Annual report of the Punjab Veterinary College and of the Civil Veterinary Department, Punjab - 1926-1932
Year: 1926
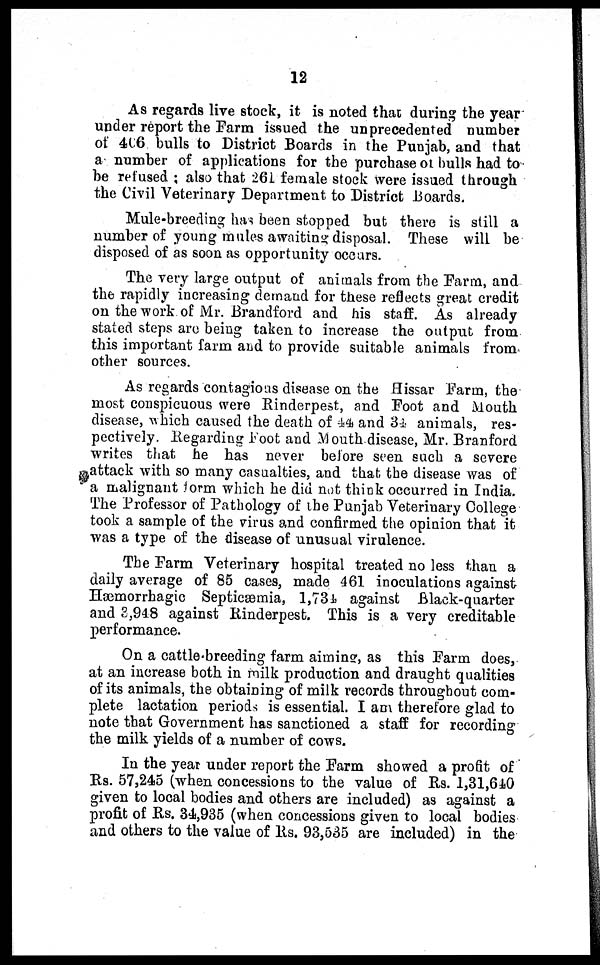
12
As regards live stock, it is noted that during the year
under report the Farm issued the unprecedented number
of 406 bulls to District Boards in the Punjab, and that
a number of applications for the purchase of bulls had to
be refused; also that 261 female stock were issued through
the Civil Veterinary Department to District Boards.
Mule-breeding has been stopped but there is still a
number of young mules awaiting disposal. These will be
disposed of as soon as opportunity occurs.
The very large output of animals from the Farm, and
the rapidly increasing demand for these reflects great credit
on the work of Mr. Brandford and his staff. As already
stated steps are being taken to increase the output from
this important farm and to provide suitable animals from
other sources.
As regards contagious disease on the Hissar Farm, the
most conspicuous were Rinderpest, and Foot and Mouth
disease, which caused the death of 44 and 34 animals, res-
pectively. Regarding Foot and Mouth disease, Mr. Branford
writes that he has never before seen such a severe
attack with so many casualties, and that the disease was of
a malignant form which he did not think occurred in India.
The Professor of Pathology of the Punjab Veterinary College
took a sample of the virus and confirmed the opinion that it
was a type of the disease of unusual virulence.
The Farm Veterinary hospital treated no less than a
daily average of 85 cases, made 461 inoculations against
Hæmorrhagic Septicæmia, 1,734 against Black-quarter
and 3,948 against Rinderpest. This is a very creditable
performance.
On a cattle-breeding farm aiming, as this Farm does,
at an increase both in milk production and draught qualities
of its animals, the obtaining of milk records throughout com-
plete lactation periods is essential. I am therefore glad to
note that Government has sanctioned a staff for recording
the milk yields of a number of cows.
In the year under report the Farm showed a profit of
Rs. 57,245 (when concessions to the value of Rs. 1,31,610
given to local bodies and others are included) as against a
profit of Rs. 34,935 (when concessions given to local bodies
and others to the value of Rs. 93,535 are included) in the